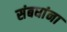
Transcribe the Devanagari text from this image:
संबधांना